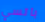
باتسي